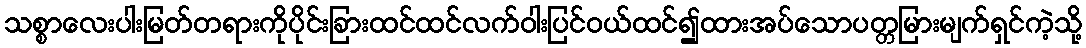
သစ္စာလေးပါးမြတ်တရားကိုပိုင်းခြားထင်ထင်လက်ဝါးပြင်ဝယ်ထင်၍ထားအပ်သောပတ္တမြားမျက်ရှင်ကဲ့သို့